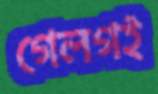
গেলগই